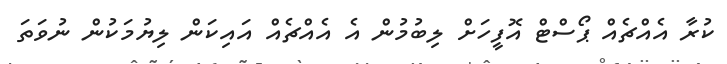
ކުރާ އެއްޗެއް ޕޯސްޓް އޮފީހަށް ލިބުމުން އެ އެއްޗެއް އައިކަން ލިޔުމަކުން ނުވަތަ